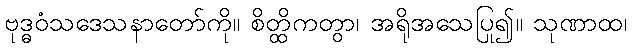
ဗုဒ္ဓဝံသဒေသနာတော်ကို။ စိတ္ထိကတွာ၊ အရိုအသေပြု၍။ သုဏာထ၊